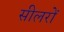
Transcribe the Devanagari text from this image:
सीलरों